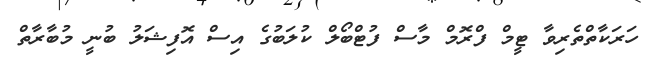
ހަރަކާތްތެރިވާ ޓީމް ފްރޮމް މާސް ފުޓްބޯލް ކުލަބުގެ އިސް އޮފިޝަލު ބުނީ މުބާރާތް